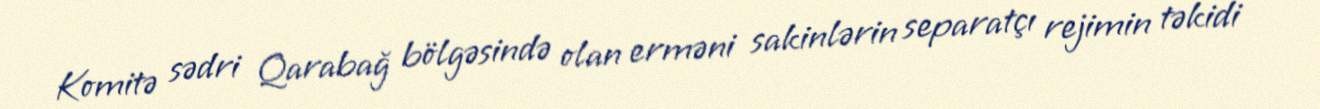
Komitə sədri Qarabağ bölgəsində olan erməni sakinlərin separatçı rejimin təkidi